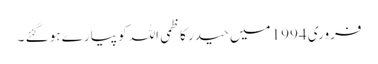
فروری 1994 میں حیدر کاظمی اللہ کو پیارے ہو گئے ۔